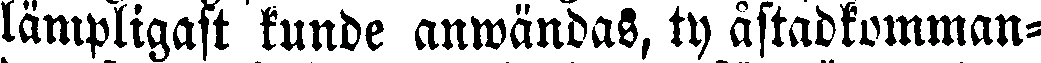
lämpligast kunde anwändas, ty åstadkomman-